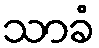
သာခံ